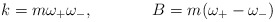
\begin{align*}k = m\omega_+ \omega_-, \hskip 1.5cm B = m(\omega_+ - \omega_-)\end{align*}